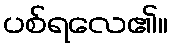
ပစ်ရလေ၏။